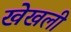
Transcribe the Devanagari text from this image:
खेखली